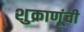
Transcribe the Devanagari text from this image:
शुक्राणूंची